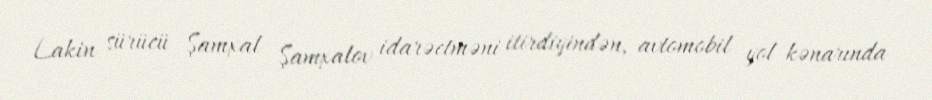
Lakin sürücü Şamxal Şamxalov idarəetməni itirdiyindən, avtomobil yol kənarında